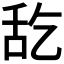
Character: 𮍵